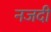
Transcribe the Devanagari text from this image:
नजदी